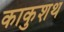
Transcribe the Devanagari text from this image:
काकुशथ